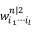
w _ { i _ { 1 } \cdots i _ { l } } ^ { n | 2 }